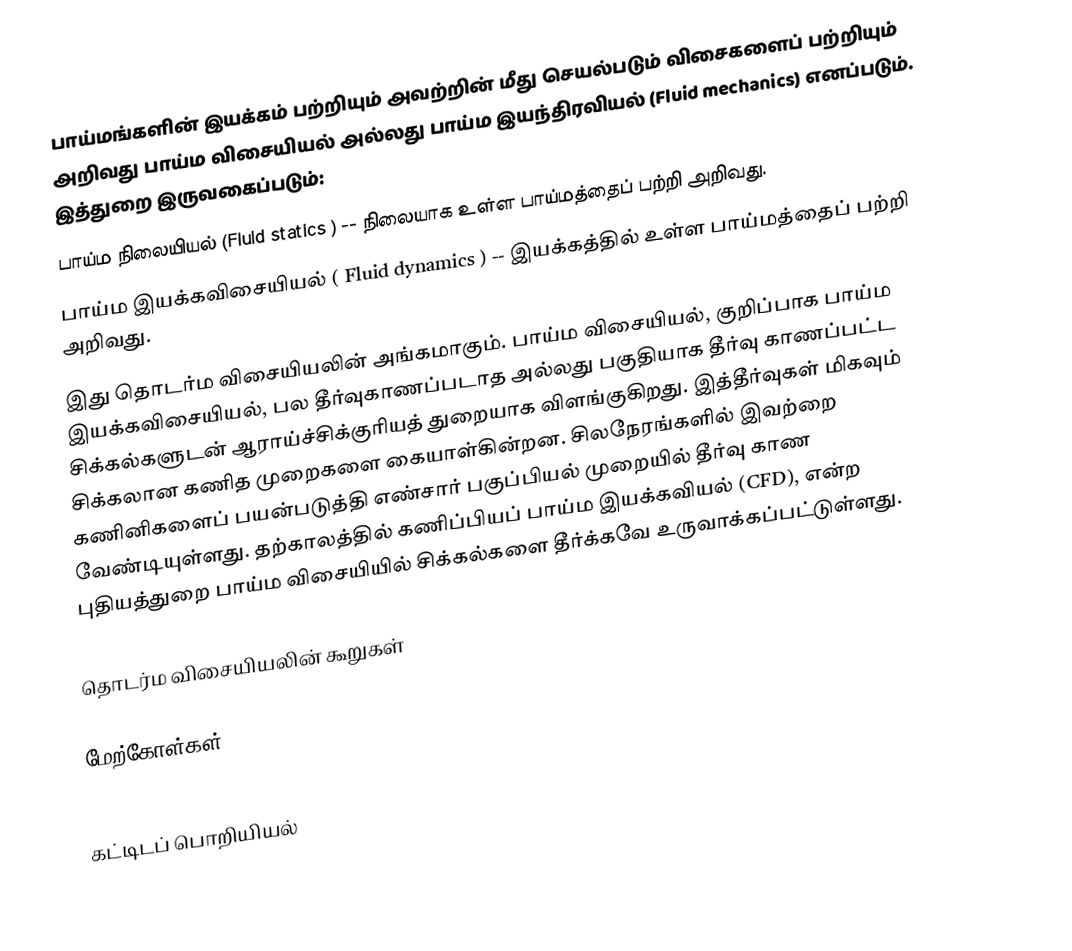
பாய்மங்களின் இயக்கம் பற்றியும் அவற்றின் மீது செயல்படும் விசைகளைப் பற்றியும் அறிவது பாய்ம விசையியல் அல்லது பாய்ம இயந்திரவியல் (Fluid mechanics) எனப்படும். இத்துறை இருவகைப்படும்:
 பாய்ம நிலையியல் (Fluid statics ) -- நிலையாக உள்ள பாய்மத்தைப் பற்றி அறிவது.
 பாய்ம இயக்கவிசையியல் ( Fluid dynamics ) -- இயக்கத்தில் உள்ள பாய்மத்தைப் பற்றி அறிவது.
இது தொடர்ம விசையியலின் அங்கமாகும்.  பாய்ம விசையியல், குறிப்பாக பாய்ம இயக்கவிசையியல், பல தீர்வுகாணப்படாத அல்லது பகுதியாக தீர்வு காணப்பட்ட சிக்கல்களுடன் ஆராய்ச்சிக்குரியத் துறையாக விளங்குகிறது. இத்தீர்வுகள் மிகவும் சிக்கலான கணித முறைகளை கையாள்கின்றன. சிலநேரங்களில் இவற்றை  கணினிகளைப் பயன்படுத்தி எண்சார் பகுப்பியல் முறையில் தீர்வு காண வேண்டியுள்ளது.  தற்காலத்தில் கணிப்பியப் பாய்ம இயக்கவியல் (CFD), என்ற புதியத்துறை பாய்ம விசையியில் சிக்கல்களை தீர்க்கவே உருவாக்கப்பட்டுள்ளது.

தொடர்ம விசையியலின் கூறுகள்

மேற்கோள்கள்

கட்டிடப் பொறியியல்